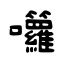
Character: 囖